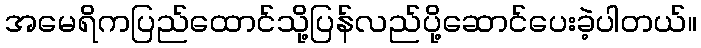
အမေရိကပြည်ထောင်သို့ပြန်လည်ပို့ဆောင်ပေးခဲ့ပါတယ်။